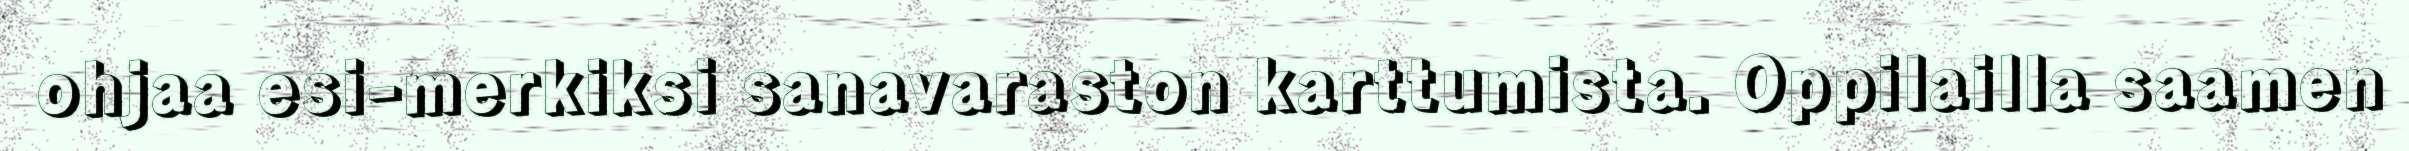
ohjaa esi-merkiksi sanavaraston karttumista. Oppilailla saamen